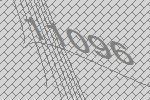
11096